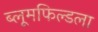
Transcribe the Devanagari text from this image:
ब्लूमफिल्डला